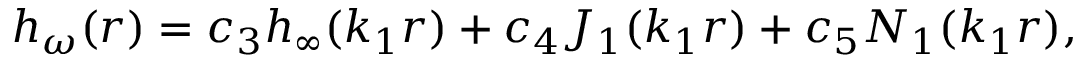
h _ { \omega } ( r ) = c _ { 3 } h _ { \infty } ( k _ { 1 } r ) + c _ { 4 } J _ { 1 } ( k _ { 1 } r ) + c _ { 5 } N _ { 1 } ( k _ { 1 } r ) ,